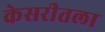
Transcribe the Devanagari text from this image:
केसरीतला